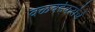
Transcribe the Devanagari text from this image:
वळवईकरांचे